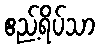
ဧည့်ရိပ်သာ